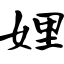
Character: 娌